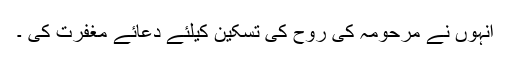
انہوں نے مرحومہ کی روح کی تسکین کیلئے دعائے مغفرت کی ۔